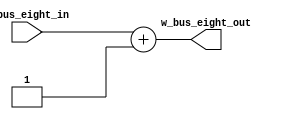
module m_8bit_plus1_adder (w_bus_eight_out, w_bus_eight_in);
	output [7:0] w_bus_eight_out;
	input [7:0] w_bus_eight_in;

	assign w_bus_eight_out = w_bus_eight_in + 1;
endmodule